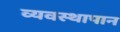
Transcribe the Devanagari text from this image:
व्यवस्थापान